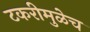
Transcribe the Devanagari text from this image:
टकरीमुळेच